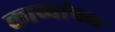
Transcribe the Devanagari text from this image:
काव्यांचल